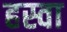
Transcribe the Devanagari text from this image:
हस्वा